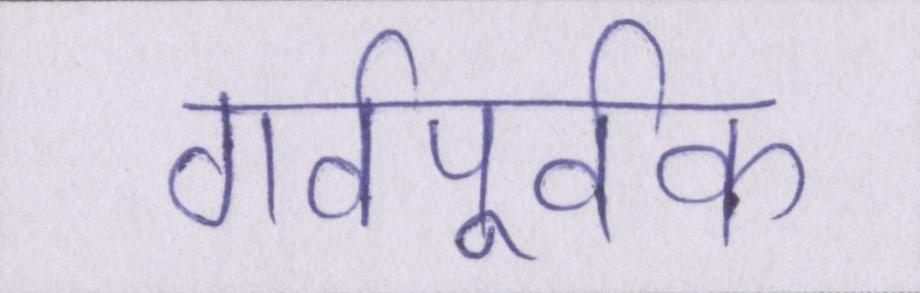
गर्वपूर्वक